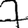
Digit: 7